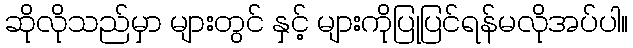
ဆိုလိုသည်မှာ များတွင် နှင့် များကိုပြုပြင်ရန်မလိုအပ်ပါ။